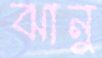
ঝানু